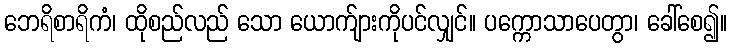
ဘေရိစာရိကံ၊ ထိုစည်လည် သော ယောက်ျားကိုပင်လျှင်။ ပက္ကောသာပေတွာ၊ ခေါ်စေ၍။